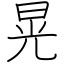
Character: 晃